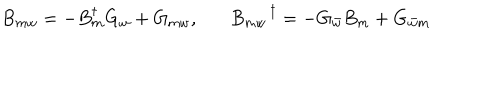
B _ { m w } = - B _ { m } ^ { \dagger } G _ { w } + G _ { m w } , B _ { m w } ^ { \; \; \dagger } = - G _ { \bar { w } } B _ { m } + G _ { \bar { w } m }